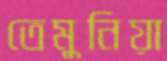
তেমুনিয়া